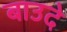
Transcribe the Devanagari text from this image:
बाउदे